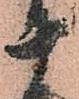
十